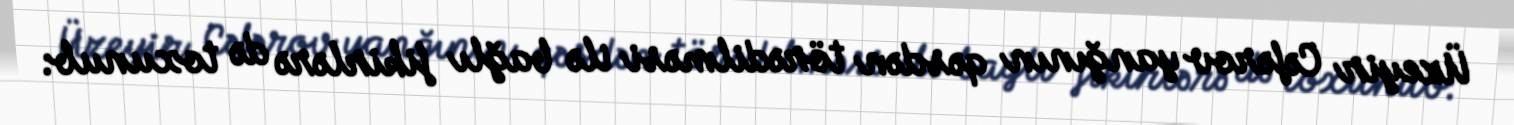
Üzeyir Cəfərov yanğının qəsdən törədilməsi ilə bağlı fikirlərə də toxunub: